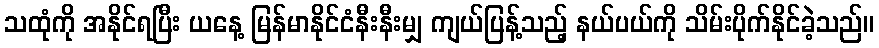
သထုံကို အနိုင်ရပြီး ယနေ့ မြန်မာနိုင်ငံနီးနီးမျှ ကျယ်ပြန့်သည့် နယ်ပယ်ကို သိမ်းပိုက်နိုင်ခဲ့သည်။